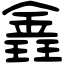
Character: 錱